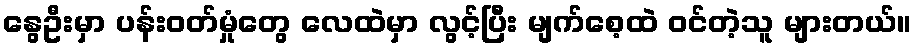
နွေဦးမှာ ပန်းဝတ်မှုံတွေ လေထဲမှာ လွင့်ပြီး မျက်စေ့ထဲ ဝင်တဲ့သူ များတယ်။